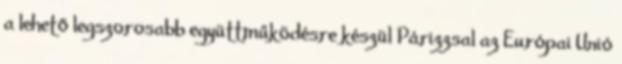
a lehető legszorosabb együttműködésre készül Párizzsal az Európai Unió